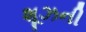
શૂઝની